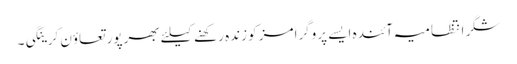
شگر انتظامیہ آئندہ ایسے پروگرامز کو زندہ رکھنے کیلئے بھرپور تعاؤن کرینگی۔